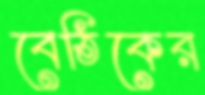
বেঠিকের